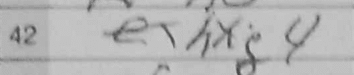
Transcription: hxg4